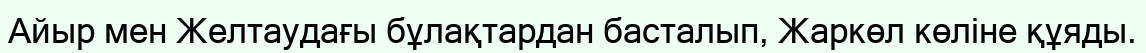
Айыр мен Желтаудағы бұлақтардан басталып, Жаркөл көліне құяды.